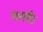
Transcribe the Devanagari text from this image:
१७पर्यंत